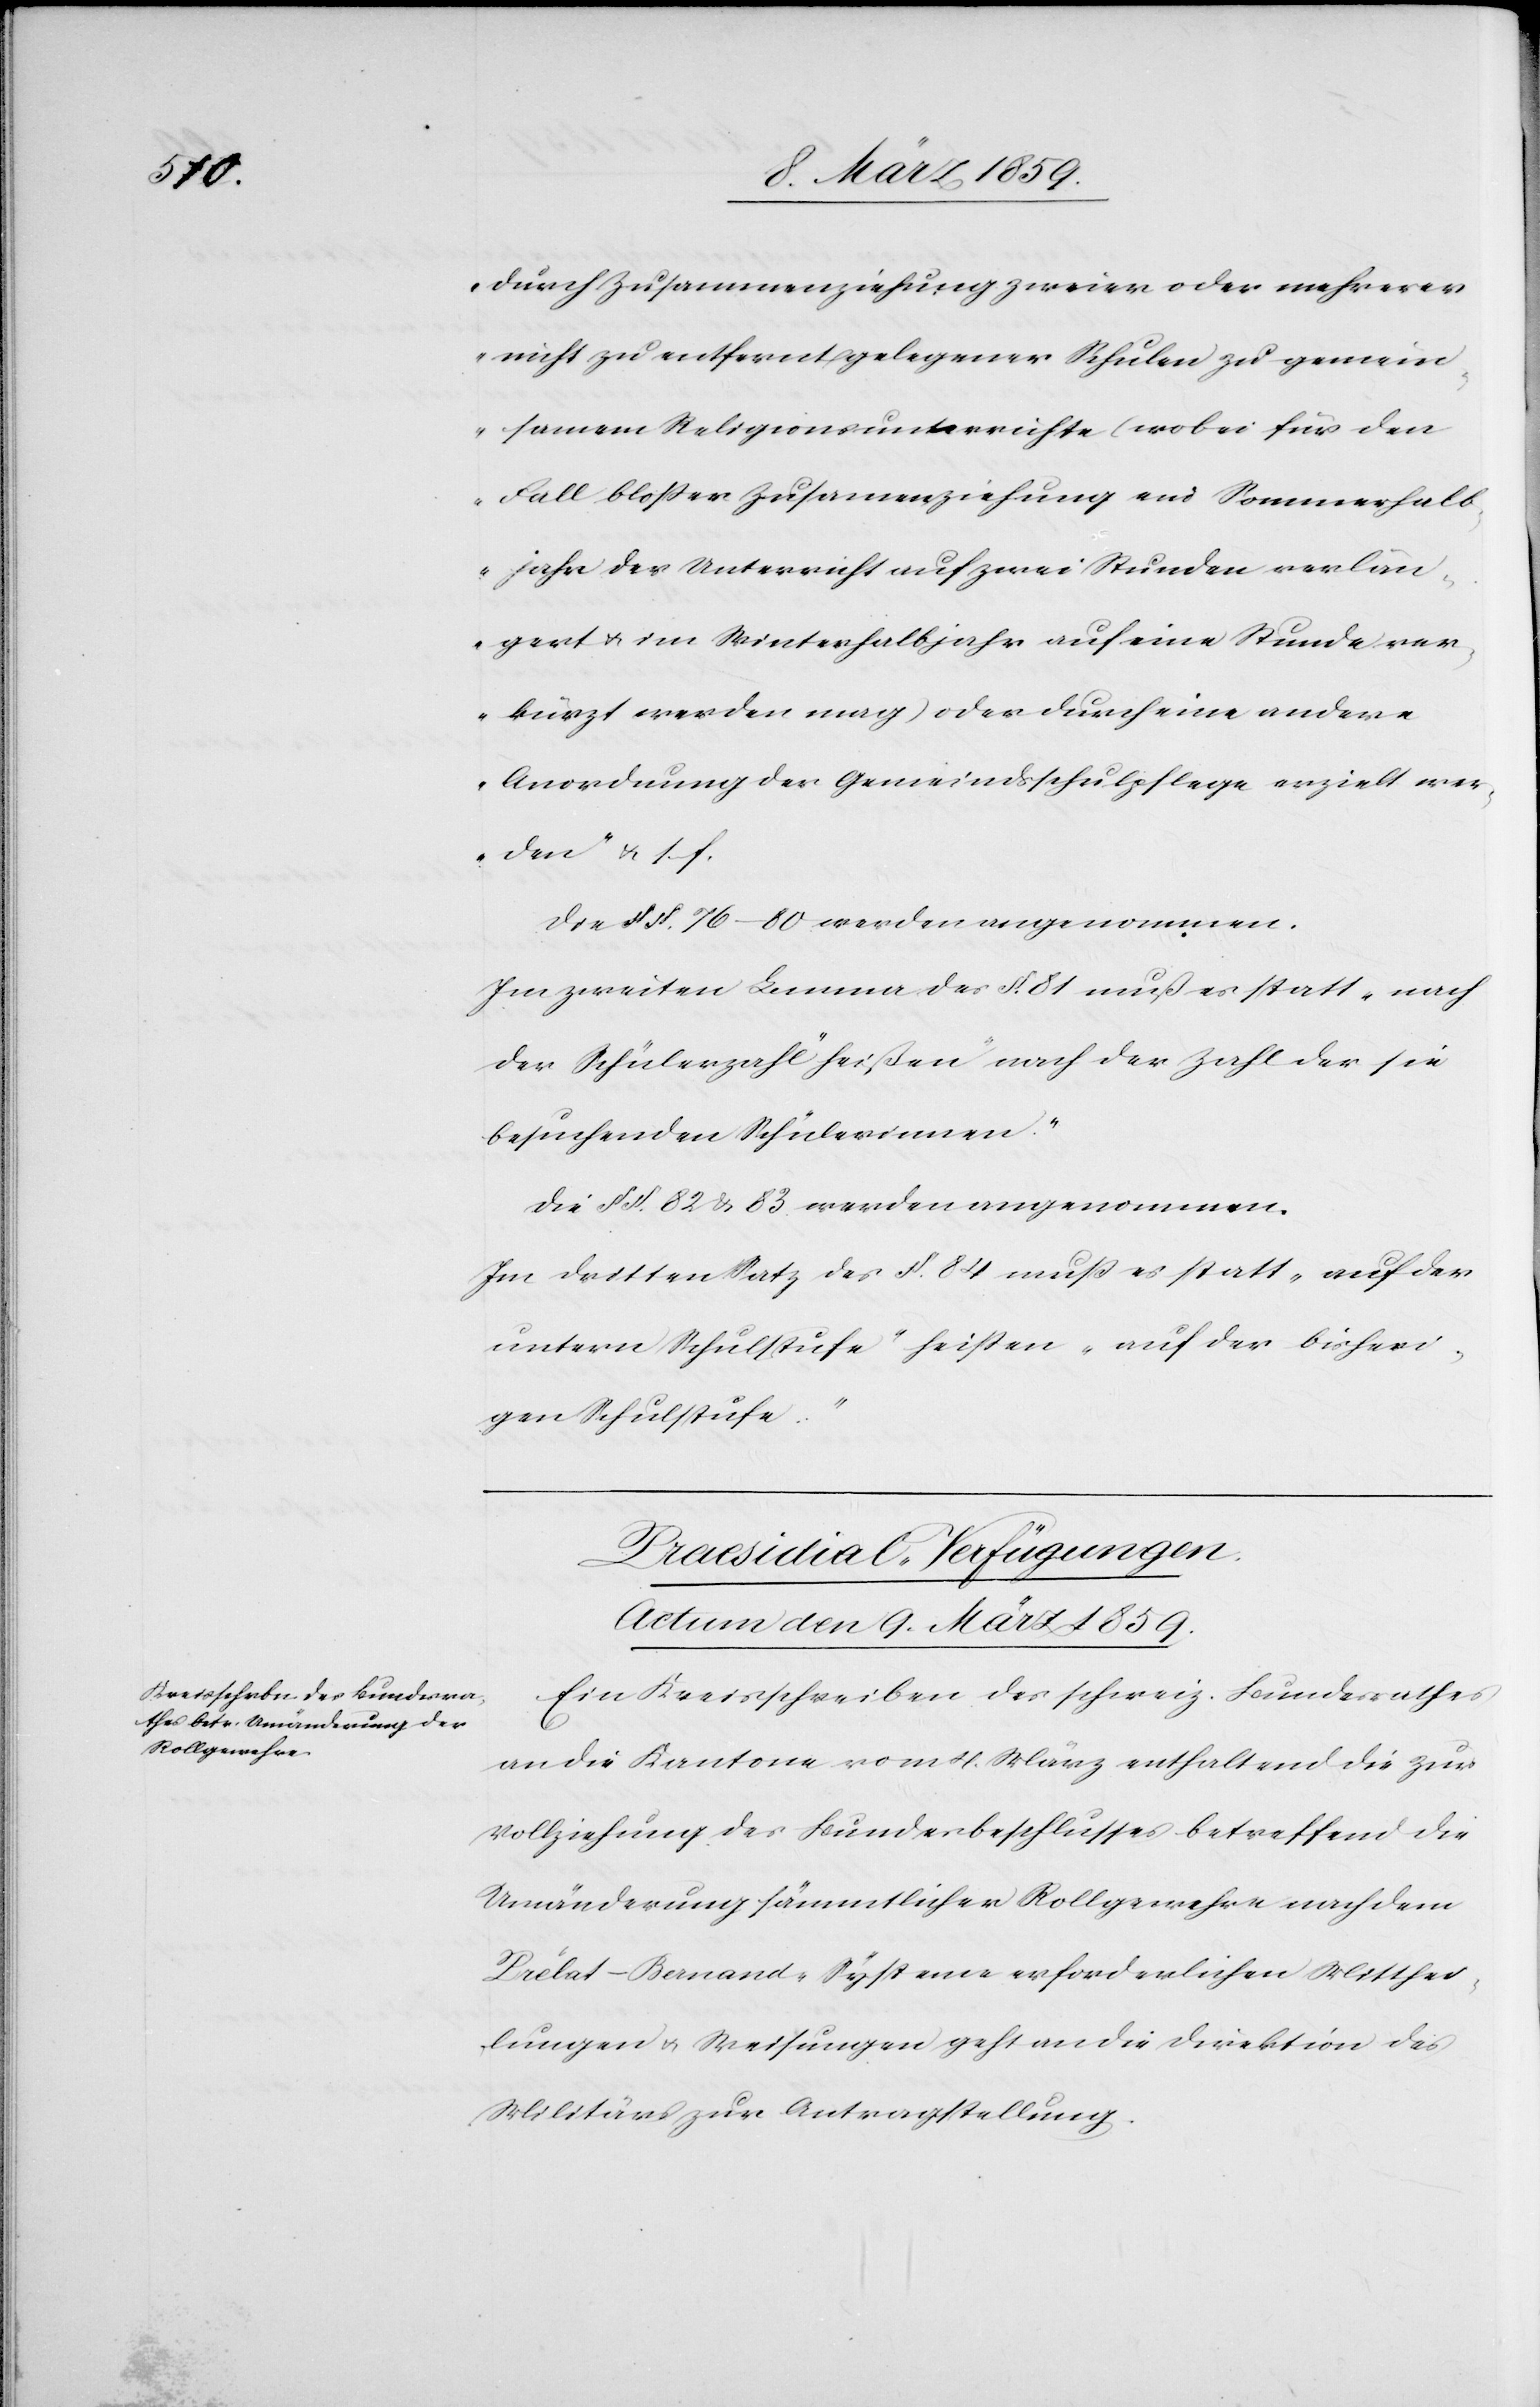
durch Zusammenziehung zweier oder mehrerer
nicht zu entfernt gelegener Schulen zu gemein¬
samem Religionsunterrichte (wobei für den
Fall bloßer Zusam[m]enziehung end Sommerhal¬
bjahr der Unterricht auf zwei Stunden verlän¬
gert u. im Winterhalbjahr auf eine Stunde ver¬
kürzt werden mag) oder durch eine andere
Anordnung der Gemeindsschulpflege erzielt wer¬
den“ u. s. f.
Die §§. 76–80 werden angenommen.
Im zweiten Lemma des §. 81 muß es statt „nach
der Schülerzahl“ heißen „nach der Zahl der sie
besuchenden Schülerinnen.“
Die §§. 82 & 83 werden angenommen.
Im dritten Satz des §. 84 muß es statt „auf der
untern Schulstufe“ heißen „auf der bisheri¬
gen Schulstufe“.
Praesidial-Verfügungen.
Actum den 9. März 1859.
Ein Kreisschreiben des schweiz. Bundesrathes
an die Kantone vom 4. März enthaltend die zur
Vollziehung des Bundesbeschlusses betreffend die
Umänderung sämmtlicher Rollgewehre nach dem
Prélat-Bernand-Systeme erforderlichen Mitthei¬
lungen u. Weisungen geht an die Direktion des
Militärs zur Antragstellung.